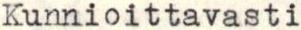
Kunnioittavasti